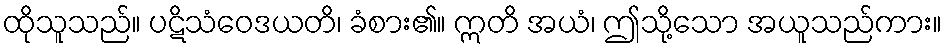
ထိုသူသည်။ ပဋိသံဝေဒယတိ၊ ခံစား၏။ ဣတိ အယံ၊ ဤသို့သော အယူသည်ကား။